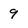
Character: 9